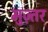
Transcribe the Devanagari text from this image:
मुज़्तर